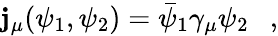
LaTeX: \mathbf{j}_{\mu}(\psi_{1},\psi_{2})=\bar{{\psi}}_{1}\gamma_{\mu}\psi_{2}~~~,